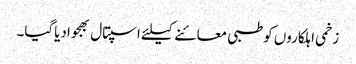
زخمی اہلکاروں کوطبی معائنے کیلئے اسپتال بھجوادیاگیا۔